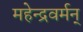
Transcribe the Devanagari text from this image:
महेन्द्रवर्मन्